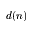
d ( n )